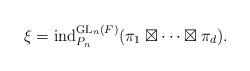
LaTeX: \begin{align*} \xi = {\rm ind}_{P_n}^{{\rm GL}_n(F)} (\pi_1 \boxtimes \cdots \boxtimes \pi_d).\end{align*}